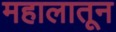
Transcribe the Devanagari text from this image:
महालातून